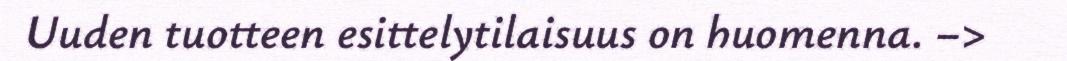
Uuden tuotteen esittelytilaisuus on huomenna. –>